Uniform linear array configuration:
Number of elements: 48
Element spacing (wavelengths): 1
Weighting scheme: binomial
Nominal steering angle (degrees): -60
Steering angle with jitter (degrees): -58.574
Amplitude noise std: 0.05
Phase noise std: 0.05

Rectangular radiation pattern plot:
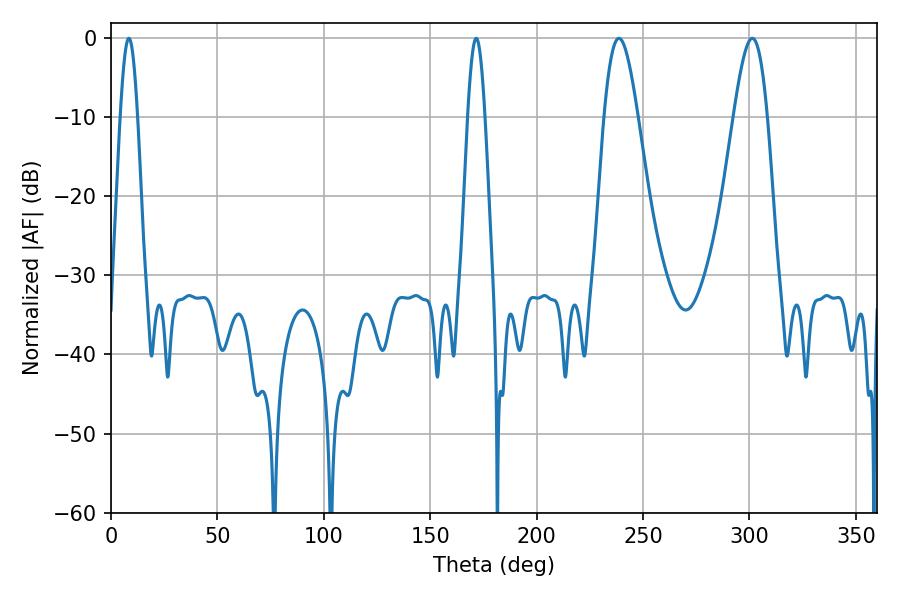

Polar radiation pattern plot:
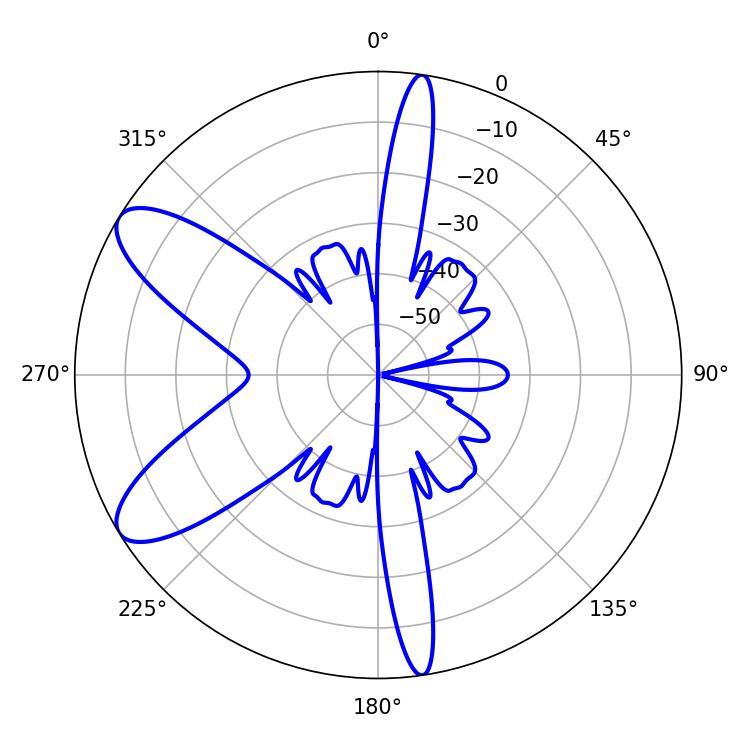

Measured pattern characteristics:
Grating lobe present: TRUE
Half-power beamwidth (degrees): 8.46
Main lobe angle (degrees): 301.32